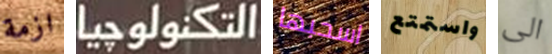
ازمة التكنولوجيا اسحبها واستمتع الى